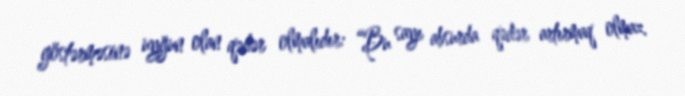
göstərməsinə uyğun olan qədər olmalıdır: “Bu sayı absurda qədər artırmaq olmaz.